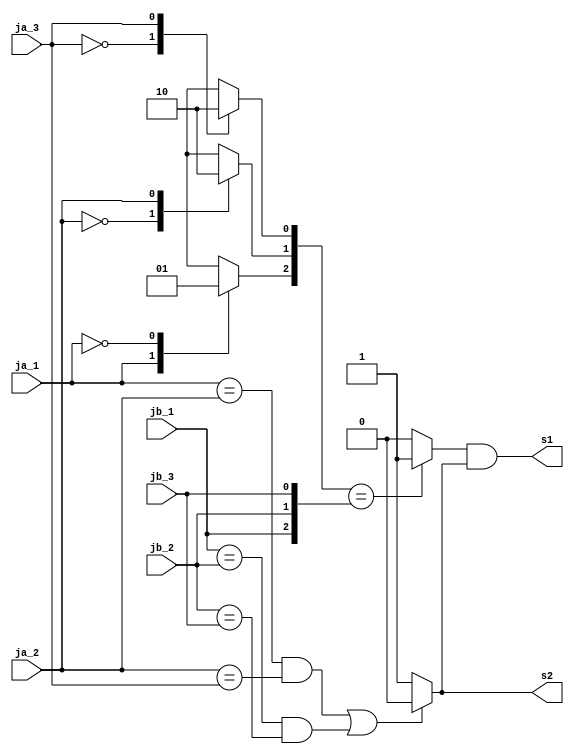
module batalha(
	input ja_1,
	input ja_2,
	input ja_3,
	input jb_1,
	input jb_2,
	input jb_3,
	output s1,
	output s2
	);

reg reg_s1, reg_s2;
reg [2:0] codificado;
wire [2:0] ja_fios;
wire [2:0] jb_fios;
assign s2 = reg_s2;
assign s1 = reg_s1 & reg_s2;

assign ja_fios = {ja_1, ja_2, ja_3 };
assign jb_fios = {jb_1, jb_2, jb_3 };

always @(ja_fios) begin
	case(ja_1)
		2'b1: codificado[2] <= 0;
		2'b0: codificado[2] <= 1;
	endcase

	case(ja_2)
		2'b0: codificado[1] <= 1;
		2'b1: codificado[1] <= 0;
	endcase

	case(ja_3)
		2'b0: codificado[0] <= 1;
		2'b1: codificado[0] <= 0;
		endcase
end
always @(*) begin
	if(codificado == jb_fios)begin
			reg_s1 <= 2'b1;
	end
	else begin
		reg_s1 <= 2'b0;
	end
end
always @(*) begin
	if((ja_1 == ja_2 && ja_2 == ja_3) || (jb_1 == jb_2 && jb_2 == jb_3)) begin
		reg_s2 <= 2'b0;
	end
	else begin
		reg_s2 <= 2'b1;
	end
end

endmodule

module teste;
reg ja_1, ja_2, ja_3, jb_1, jb_2, jb_3;
wire s1, s2;

batalha bat(ja_1, ja_2, ja_3, jb_1, jb_2, jb_3, s1, s2);

initial begin
	$dumpvars(0, bat);
	#2;
	ja_1 <= 2'b0; ja_2 <= 2'b0; ja_3 <= 2'b1; jb_1 <= 2'b1; jb_2 <= 2'b1; jb_3 <= 2'b0;
	#2;
	ja_1 <= 2'b1; ja_2 <= 2'b1; ja_3 <= 2'b1; jb_1 <= 2'b0; jb_2 <= 2'b0; jb_3 <= 2'b0;
	#2;
	ja_1 <= 2'b0; ja_2 <= 2'b0; ja_3 <= 2'b1; jb_1 <= 2'b1; jb_2 <= 2'b1; jb_3 <= 2'b0;
	#2;
	ja_1 <= 2'b0; ja_2 <= 2'b1; ja_3 <= 2'b0; jb_1 <= 2'b1; jb_2 <= 2'b1; jb_3 <= 2'b0;
	#2;
end

endmodule